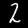
Digit: 2